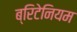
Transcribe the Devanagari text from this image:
ब्रिटेनियम